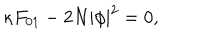
LaTeX: \kappa F _ { 0 1 } - 2 N | \phi | ^ { 2 } = 0 ,